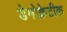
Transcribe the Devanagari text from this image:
डेेमोक्रेटीक